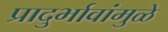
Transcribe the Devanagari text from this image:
प्रादुर्भावांमुळे